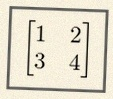
\begin{bmatrix}1&2\\3&4\end{bmatrix}